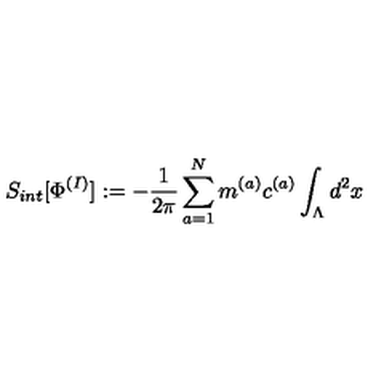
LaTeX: S _ { i n t } [ \Phi ^ { ( I ) } ] : = - \frac { 1 } { 2 \pi } \sum _ { a = 1 } ^ { N } m ^ { ( a ) } c ^ { ( a ) } \int _ { \Lambda } d ^ { 2 } x